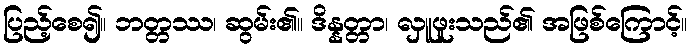
ပြည့်စေ၍။ ဘတ္တဿ၊ ဆွမ်း၏။ ဒိန္နတ္တာ၊ လှူဖူးသည်၏ အဖြစ်ကြောင့်။